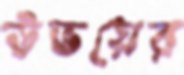
উভয়ের